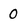
Character: 0